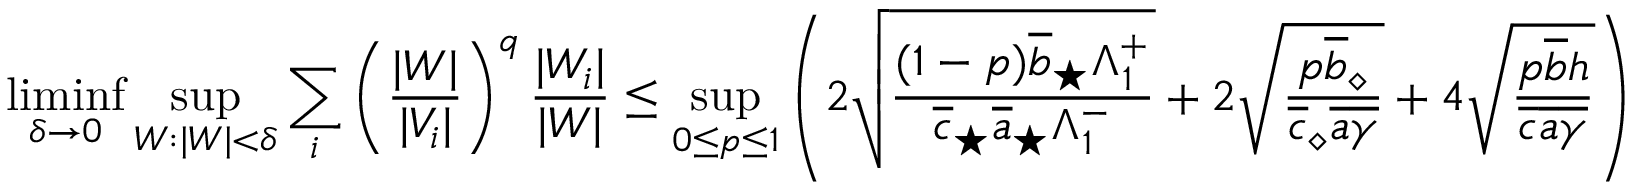
\operatorname* { l i m i n f } _ { \delta \to 0 } \operatorname* { s u p } _ { W : | W | < \delta } \sum _ { i } \left( \frac { | W | } { | V _ { i } | } \right) ^ { q } \frac { | W _ { i } | } { | W | } \leq \operatorname* { s u p } _ { 0 \leq p \leq 1 } \left( 2 \sqrt \frac { ( 1 - p ) \overline { { b } } _ { \star } \Lambda _ { 1 } ^ { + } } { \overline { { c } } _ { \star } \overline { { a } } _ { \star } \Lambda _ { 1 } ^ { - } } + 2 \sqrt { \frac { p \overline { { b } } _ { \diamond } } { \overline { { c } } _ { \diamond } \overline { { a } } \overline { { \gamma } } } } + 4 \sqrt { \frac { p \overline { { b } } h } { \overline { { c } } \overline { { a } } \overline { { \gamma } } } } \right)